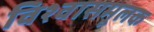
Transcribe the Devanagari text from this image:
विश्वासमूलक